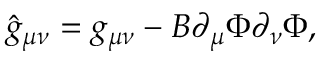
\hat { g } _ { \mu \nu } = g _ { \mu \nu } - B \partial _ { \mu } \Phi \partial _ { \nu } \Phi ,